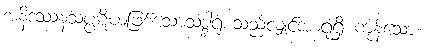
အနိဒဿနသပ္ပဋိဃဖြစ်သောသဒ္ဒါရုံစသည်လျှင်အာရုံရှိ ကုန်သော။